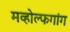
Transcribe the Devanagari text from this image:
मव्होल्फगांग